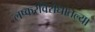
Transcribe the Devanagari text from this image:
लष्करविरोधातल्या